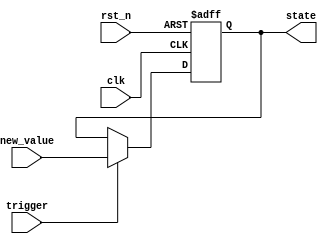
module hold_condition (
    input wire clk,           // Clock input
    input wire rst_n,        // Active low reset
    input wire trigger,      // Trigger condition to release hold
    input wire [7:0] new_value, // New value to update state
    output reg [7:0] state   // Output state variable
);

    // Initial state
    initial begin
        state = 8'b0; // Initialize state to zero
    end

    // Always block sensitive to clock edges and reset
    always @(posedge clk or negedge rst_n) begin
        if (!rst_n) begin
            // Reset condition
            state <= 8'b0; // Reset state to zero
        end else if (trigger) begin
            // Update state if trigger condition is satisfied
            state <= new_value; // Update state to new value
        end
        // If trigger is not satisfied, state retains its current value
    end

endmodule